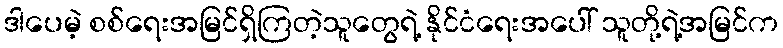
ဒါပေမဲ့ စစ်ရေးအမြင်ရှိကြတဲ့သူတွေရဲ့ နိုင်ငံရေးအပေါ် သူတို့ရဲ့အမြင်က